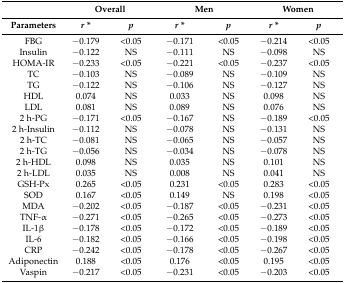
|  | <COLSPAN=2> Overall | <COLSPAN=2> Men | <COLSPAN=2> Women |
 | Parameters | r * | p | r * | p | r * | p |
 | --- | --- | --- | --- | --- | --- | --- |
 | FBG | −0.179 | <0.05 | −0.171 | <0.05 | −0.214 | <0.05 |
 | Insulin | −0.122 | NS | −0.111 | NS | −0.098 | NS |
 | HOMA-IR | −0.233 | <0.05 | −0.221 | <0.05 | −0.237 | <0.05 |
 | TC | −0.103 | NS | −0.089 | NS | −0.109 | NS |
 | TG | −0.122 | NS | −0.106 | NS | −0.127 | NS |
 | HDL | 0.074 | NS | 0.033 | NS | 0.098 | NS |
 | LDL | 0.081 | NS | 0.089 | NS | 0.076 | NS |
 | 2 h-PG | −0.171 | <0.05 | −0.167 | NS | −0.189 | <0.05 |
 | 2 h-Insulin | −0.112 | NS | −0.078 | NS | −0.131 | NS |
 | 2 h-TC | −0.081 | NS | −0.065 | NS | −0.057 | NS |
 | 2 h-TG | −0.056 | NS | −0.034 | NS | −0.078 | NS |
 | 2 h-HDL | 0.098 | NS | 0.035 | NS | 0.101 | NS |
 | 2 h-LDL | 0.035 | NS | 0.008 | NS | 0.041 | NS |
 | GSH-Px | 0.265 | <0.05 | 0.231 | <0.05 | 0.283 | <0.05 |
 | SOD | 0.167 | <0.05 | 0.149 | NS | 0.198 | <0.05 |
 | MDA | −0.202 | <0.05 | −0.187 | <0.05 | −0.231 | <0.05 |
 | TNF-α | −0.271 | <0.05 | −0.265 | <0.05 | −0.273 | <0.05 |
 | IL-1β | −0.178 | <0.05 | −0.172 | <0.05 | −0.189 | <0.05 |
 | IL-6 | −0.182 | <0.05 | −0.166 | <0.05 | −0.198 | <0.05 |
 | CRP | −0.242 | <0.05 | −0.178 | <0.05 | −0.267 | <0.05 |
 | Adiponectin | 0.188 | <0.05 | 0.176 | <0.05 | 0.195 | <0.05 |
 | Vaspin | −0.217 | <0.05 | −0.231 | <0.05 | −0.203 | <0.05 |